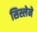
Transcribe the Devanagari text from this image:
सिस्लेने